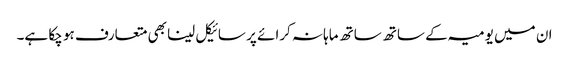
ان میں یومیہ کے ساتھ ساتھ ماہانہ کرائے پر سائیکل لینا بھی متعارف ہو چکا ہے۔